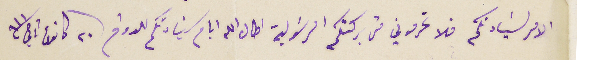
الامر لسَيادتكم فلا تحرموني من بركتكم الرسَولية اطال الله ايام سَيادتكم للدوام ٢٠ كانون ثاني ٩١١